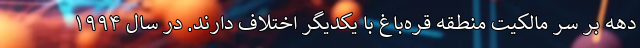
دهه بر سر مالکیت منطقه قره‌باغ با یکدیگر اختلاف دارند. در سال ۱۹۹۴